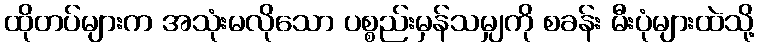
ထိုတပ်များက အသုံးမလိုသော ပစ္စည်းမှန်သမျှကို စခန်း မီးပုံများထဲသို့